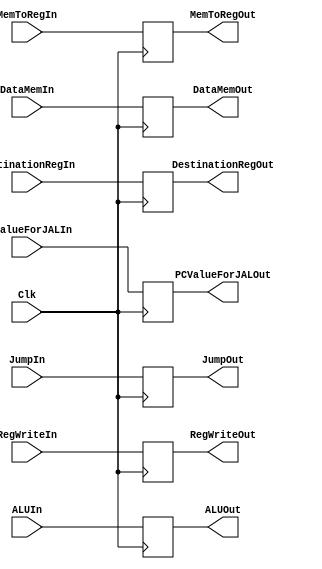
`timescale 1ns / 1ps

////////////////////////////////////////////////////////////////////////////////
// ECE369 - Computer Architecture
//
// Student(s) Name and Last Name:   Derek McMullen
//                                  Brett Bushnell
// Module - Mem_WB_PipeReg.v
// Description - Implements a register between Mem and WB stage of processor
////////////////////////////////////////////////////////////////////////////////

module Mem_WB_PipeReg(RegWriteIn, MemToRegIn, JumpIn, ALUIn, DataMemIn, DestinationRegIn, PCValueForJALIn, Clk, RegWriteOut, MemToRegOut, JumpOut, ALUOut, DataMemOut, DestinationRegOut, PCValueForJALOut);

	/* Control Signals*/
    output reg RegWriteOut; 
    output reg MemToRegOut;
    output reg [1:0]JumpOut; 
    
    output reg [31:0] ALUOut;
    output reg [31:0] DataMemOut;
    output reg [4:0] DestinationRegOut; 
    output reg [31:0] PCValueForJALOut;
    
    /* Control Signals*/
    input RegWriteIn; 
    input MemToRegIn; 
    input [1:0] JumpIn; 
    
    input [31:0] ALUIn;
    input [31:0] DataMemIn;
    input [4:0] DestinationRegIn; 
    input [31:0] PCValueForJALIn;
    input Clk; 
        
    always @ (posedge Clk)
        begin
        RegWriteOut <= RegWriteIn; 
        MemToRegOut <= MemToRegIn;
        JumpOut <= JumpIn; 
        
        ALUOut <= ALUIn;
        DataMemOut <= DataMemIn;
        DestinationRegOut <= DestinationRegIn; 
        PCValueForJALOut <= PCValueForJALIn;
        end

endmodule